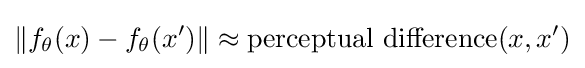
\|f_{\theta }(x)-f_{\theta }(x')\|\approx \operatorname {perceptual~difference} (x,x')